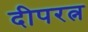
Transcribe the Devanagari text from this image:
दीपरत्न